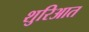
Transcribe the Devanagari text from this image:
शुरिआत